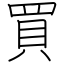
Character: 買